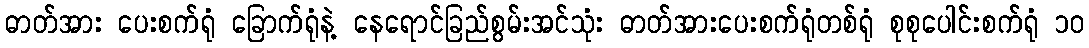
ဓာတ်အား ပေးစက်ရုံ ခြောက်ရုံနဲ့ နေရောင်ခြည်စွမ်းအင်သုံး ဓာတ်အားပေးစက်ရုံတစ်ရုံ စုစုပေါင်းစက်ရုံ ၁၀